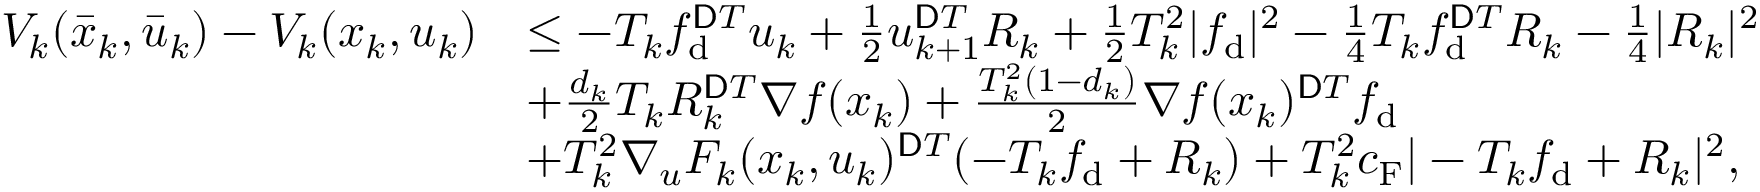
\begin{array} { r l } { V _ { k } ( \bar { x } _ { k } , \bar { u } _ { k } ) - V _ { k } ( x _ { k } , u _ { k } ) } & { \leq - T _ { k } f _ { \mathrm { d } } ^ { \ensuremath Ḋ \mathsf Ḋ \tiny Ḋ T Ḍ Ḍ Ḍ } u _ { k } + \frac { 1 } { 2 } u _ { k + 1 } ^ { \ensuremath Ḋ \mathsf Ḋ \tiny Ḋ T Ḍ Ḍ Ḍ } R _ { k } + \frac { 1 } { 2 } T _ { k } ^ { 2 } | f _ { \mathrm { d } } | ^ { 2 } - \frac { 1 } { 4 } T _ { k } f _ { \mathrm { d } } ^ { \ensuremath Ḋ \mathsf Ḋ \tiny Ḋ T Ḍ Ḍ Ḍ } R _ { k } - \frac { 1 } { 4 } | R _ { k } | ^ { 2 } } \\ & { + \frac { d _ { k } } { 2 } T _ { k } R _ { k } ^ { \ensuremath Ḋ \mathsf Ḋ \tiny Ḋ T Ḍ Ḍ Ḍ } \nabla f ( x _ { k } ) + \frac { T _ { k } ^ { 2 } ( 1 - d _ { k } ) } { 2 } \nabla f ( x _ { k } ) ^ { \ensuremath Ḋ \mathsf Ḋ \tiny Ḋ T Ḍ Ḍ Ḍ } f _ { \mathrm { d } } } \\ & { + T _ { k } ^ { 2 } \nabla _ { u } F _ { k } ( x _ { k } , u _ { k } ) ^ { \ensuremath Ḋ \mathsf Ḋ \tiny Ḋ T Ḍ Ḍ Ḍ } ( - T _ { k } f _ { \mathrm { d } } + R _ { k } ) + T _ { k } ^ { 2 } c _ { \mathrm { F } } | - T _ { k } f _ { \mathrm { d } } + R _ { k } | ^ { 2 } , } \end{array}